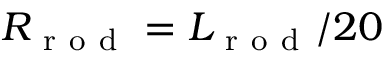
R _ { \mathrm { ~ r ~ o ~ d ~ } } = L _ { \mathrm { ~ r ~ o ~ d ~ } } / 2 0